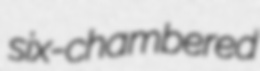
six-chambered